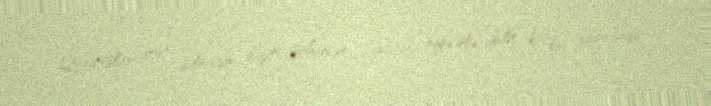
Qardaşlar, mən bilmirəm bizim şahsevən camaata niyə elə gəlir ki, bu xarabada